Preparation of a safe and efficient antirabic vaccine - Number 44
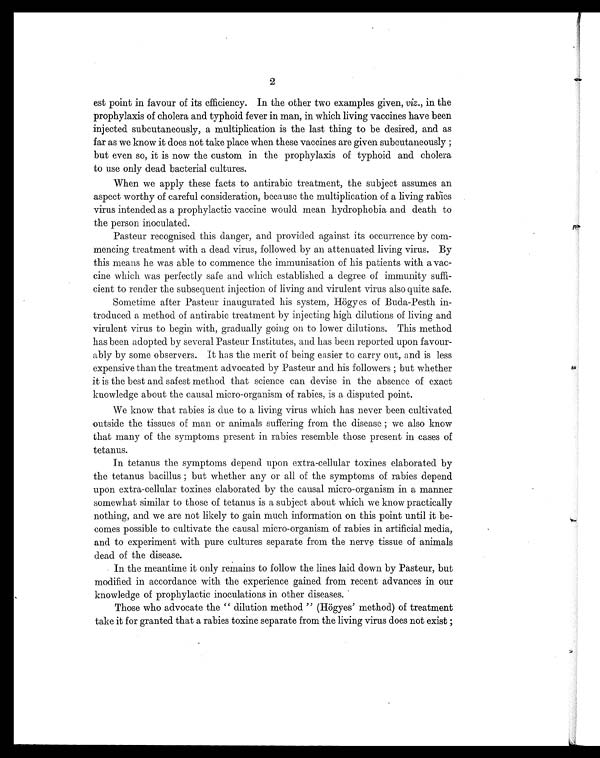
2
est point in favour of its efficiency. In the other two examples given, viz., in the
prophylaxis of cholera and typhoid fever in man, in which living vaccines have been
injected subcutaneously, a multiplication is the last thing to be desired, and as
far as we know it does not take place when these vaccines are given subcutaneously ;
but even so, it is now the custom in the prophylaxis of typhoid and cholera
to use only dead bacterial cultures.
When we apply these facts to antirabic treatment, the subject assumes an
aspect worthy of careful consideration, because the multiplication of a living rabies
virus intended as a prophylactic vaccine would mean hydrophobia and death to
the person inoculated.
Pasteur recognised this danger, and provided against its occurrence by com-
mencing treatment with a dead virus, followed by an attenuated living virus. By
this means he was able to commence the immunisation of his patients with a vac-
cine which was perfectly safe and which established a degree of immunity suffi-
cient to render the subsequent injection of living and virulent virus also quite safe.
Sometime after Pasteur inaugurated his system, Högyes of Buda-Pesth in-
troduced a method of antirabic treatment by injecting high dilutions of living and
virulent virus to begin with, gradually going on to lower dilutions. This method
has been adopted by several Pasteur Institutes, and has been reported upon favour-
ably by some observers. It has the merit of being easier to carry out, and is less
expensive than the treatment advocated by Pasteur and his followers ; but whether
it is the best and safest method that science can devise in the absence of exact
knowledge about the causal micro-organism of rabies, is a disputed point.
We know that rabies is due to a living virus which has never been cultivated
outside the tissues of man or animals suffering from the disease ; we also know
that many of the symptoms present in rabies resemble those present in cases of
tetanus.
In tetanus the symptoms depend upon extra-cellular toxines elaborated by
the tetanus bacillus ; but whether any or all of the symptoms of rabies depend
upon extra-cellular toxines elaborated by the causal micro-organism in a manner
somewhat similar to those of tetanus is a subject about which we know practically
nothing, and we are not likely to gain much information on this point until it be-
comes possible to cultivate the causal micro-organism of rabies in artificial media,
and to experiment with pure cultures separate from the nerve tissue of animals
dead of the disease.
In the meantime it only remains to follow the lines laid down by Pasteur, but
modified in accordance with the experience gained from recent advances in our
knowledge of prophylactic inoculations in other diseases.
Those who advocate the " dilution method " (Högyes' method) of treatment
take it for granted that a rabies toxine separate from the living virus does not exist ;